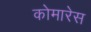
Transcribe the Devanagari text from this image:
कोमारेस